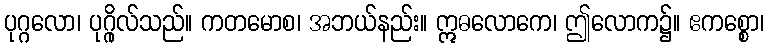
ပုဂ္ဂလော၊ ပုဂ္ဂိုလ်သည်။ ကတမောစ၊ အဘယ်နည်း။ ဣဓလောကေ၊ ဤလောက၌။ ဧကစ္စော၊